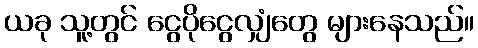
ယခု သူ့တွင် ငွေပိုငွေလျှံတွေ များနေသည်။